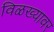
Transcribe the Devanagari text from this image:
विळख्यावर